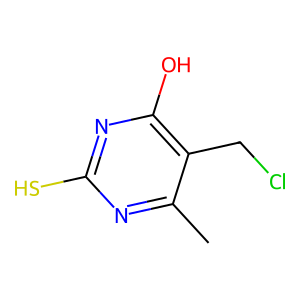
SMILES: Cc1nc(S)nc(O)c1CCl
Inhibits HIV replication: No